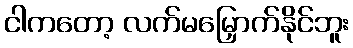
ငါကတော့ လက်မမြှောက်နိုင်ဘူး